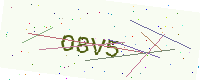
Text: O8V5